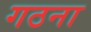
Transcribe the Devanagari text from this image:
गठना